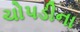
ચોપડીના